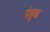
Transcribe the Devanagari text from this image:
पंशुक